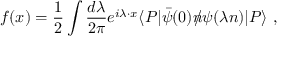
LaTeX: f ( x ) = \frac 1 2 \int \frac { d \lambda } { 2 \pi } e ^ { i \lambda \cdot x } \langle P | \bar { \psi } ( 0 ) n \! \! \! / \psi ( \lambda n ) | P \rangle \ ,